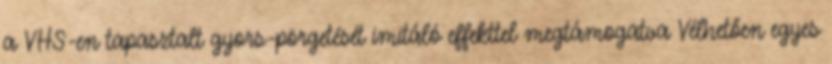
a VHS-en tapasztalt gyors-pörgetését imitáló effekttel megtámogatva Vélhetően egyes